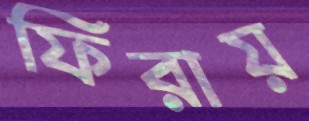
ফিরায়